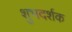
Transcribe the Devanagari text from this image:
शुभदर्शक